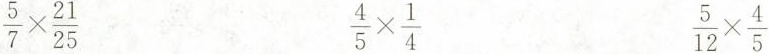
$$\frac { 5 } { 7 } \times \frac { 21 }{ 25 }$$ $$\frac { 4 } { 5 } \times \frac { 1 } { 4 }$$ $$\frac { 5 } { 12 } \times \frac { 4 } { 5 }$$